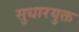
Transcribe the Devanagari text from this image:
सुधारयुक्त